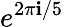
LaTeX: e^{2\pi\mathbf{i}/5}